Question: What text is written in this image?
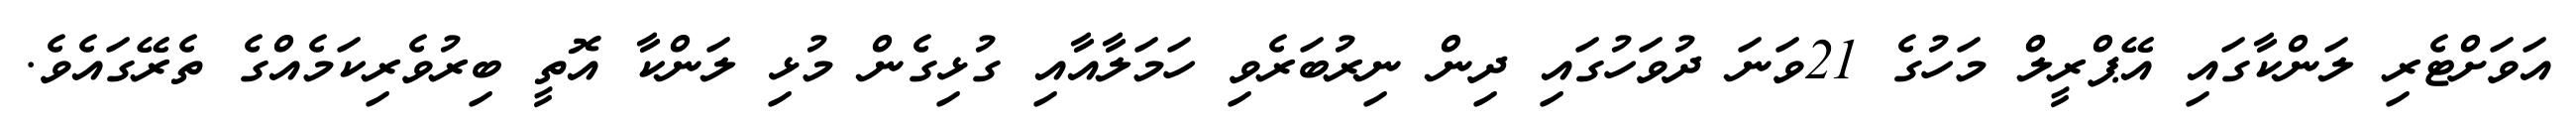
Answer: އަވަށްޓެރި ލަންކާގައި އޭޕްރީލް މަހުގެ 21ވަނަ ދުވަހުގައި ދިން ނިރުބަރެވި ހަމަލާއާއި ގުޅިގެން މުޅި ލަންކާ އޮތީ ބިރުވެރިކަމެއްގެ ތެރޭގައެވެ.